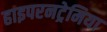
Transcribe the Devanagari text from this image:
हाइपरनट्रेमिया